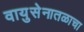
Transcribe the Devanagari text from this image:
वायुसेनातळाचा